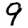
Digit: 9